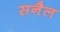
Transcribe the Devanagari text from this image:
सनैल